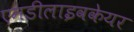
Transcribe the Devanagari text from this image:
एमडीलाइवकेयर